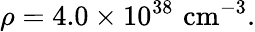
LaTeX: \rho=4.0\times 10^{38}\, \, \mathrm{cm}^{-3}.